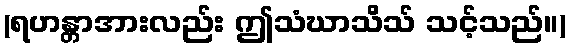
(ရဟန္တာအားလည်း ဤသံဃာသိသ် သင့်သည်။)